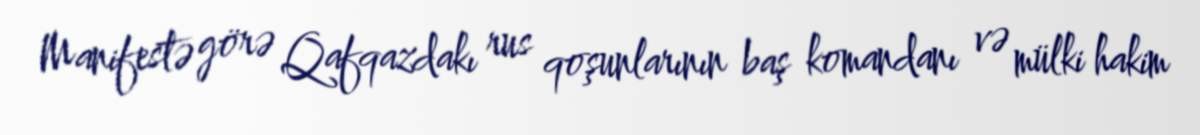
Manifestə görə Qafqazdakı rus qoşunlarının baş komandanı və mülki hakim